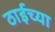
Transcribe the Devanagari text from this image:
ठाईच्या